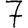
Digit: 7